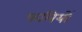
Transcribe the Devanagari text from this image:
फलियों